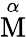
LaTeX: \overset{\alpha}{\mathrm{M}}